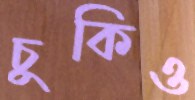
চুকিও